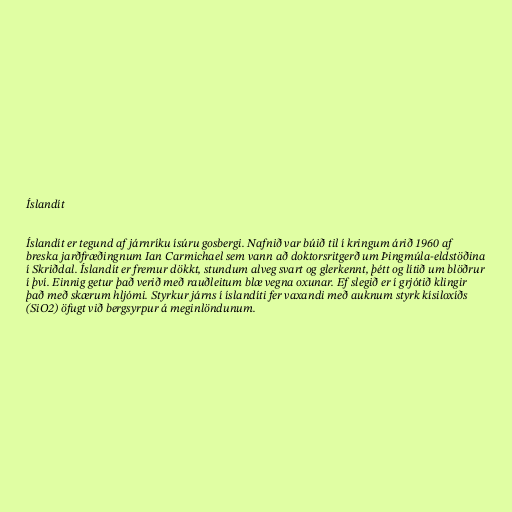
Íslandít

Íslandít er tegund af járnríku ísúru gosbergi. Nafnið var búið til í kringum árið 1960 af
breska jarðfræðingnum Ian Carmichael sem vann að doktorsritgerð um Þingmúla-eldstöðina
í Skriðdal. Íslandít er fremur dökkt, stundum alveg svart og glerkennt, þétt og lítið um blöðrur
í því. Einnig getur það verið með rauðleitum blæ vegna oxunar. Ef slegið er í grjótið klingir
það með skærum hljómi. Styrkur járns í íslandíti fer vaxandi með auknum styrk kísiloxíðs
(SiO2) öfugt við bergsyrpur á meginlöndunum.